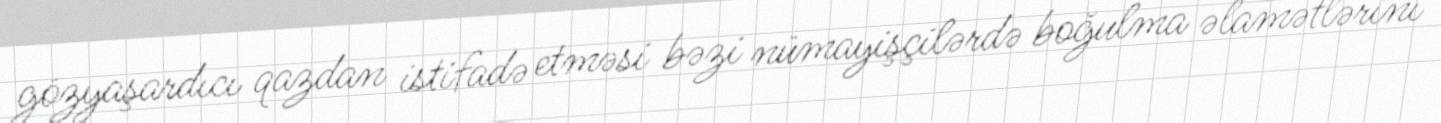
gözyaşardıcı qazdan istifadə etməsi bəzi nümayişçilərdə boğulma əlamətlərini